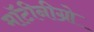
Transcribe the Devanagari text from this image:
मॉटीनीग्रो